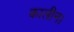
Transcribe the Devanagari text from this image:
कालीन।